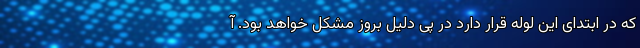
که در ابتدای این لوله قرار دارد در پی دلیل بروز مشکل خواهد بود. آ